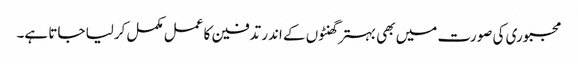
مجبوری کی صورت میں بھی بہتر گھنٹوں کے اندر تدفین کا عمل مکمل کرلیا جاتا ہے۔